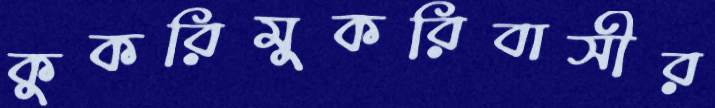
কুকরিমুকরিবাসীর